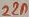
Text: 22n